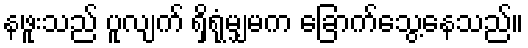
နဖူးသည် ပူလျက် ရှိရုံမျှမက ခြောက်သွေ့နေသည်။